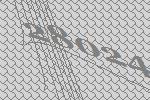
28024